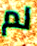
لم